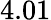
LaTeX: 4.01